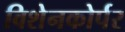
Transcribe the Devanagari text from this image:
विशेनकोर्पर